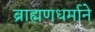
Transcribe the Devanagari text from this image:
ब्राह्मणधर्माने